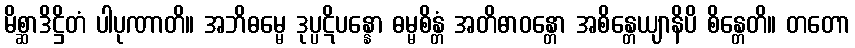
မိစ္ဆာဒိဋ္ဌိတံ ပါပုဏာတိ။ အဘိဓမ္မေ ဒုပ္ပဋိပန္နော ဓမ္မစိန္တံ အတိဓာဝန္တော အစိန္တေယျာနိပိ စိန္တေတိ။ တတော